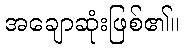
အချောဆုံးဖြစ်၏။